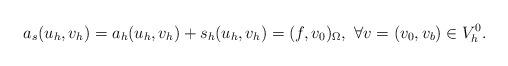
LaTeX: \begin{align*}a_s(u_h,v_h) = a_h(u_h,v_h)+s_h(u_h,v_h) = (f,v_0)_{\Omega}, \ \forall v=(v_0,v_b)\in V_h^0.\end{align*}